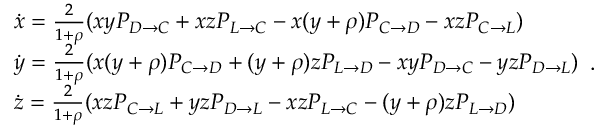
\begin{array} { l } { \dot { x } = \frac { 2 } { 1 + \rho } ( x y P _ { D \to C } + x z P _ { L \to C } - x ( y + \rho ) P _ { C \to D } - x z P _ { C \to L } ) } \\ { \dot { y } = \frac { 2 } { 1 + \rho } ( x ( y + \rho ) P _ { C \to D } + ( y + \rho ) z P _ { L \to D } - x y P _ { D \to C } - y z P _ { D \to L } ) } \\ { \dot { z } = \frac { 2 } { 1 + \rho } ( x z P _ { C \to L } + y z P _ { D \to L } - x z P _ { L \to C } - ( y + \rho ) z P _ { L \to D } ) } \end{array} .